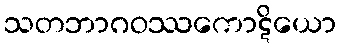
သတဘာဂဝဿကောဋိယော